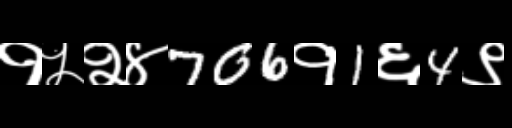
Text: १५२४706१1६4९